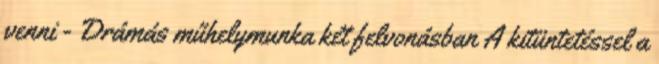
venni - Drámás műhelymunka két felvonásban A kitüntetéssel a